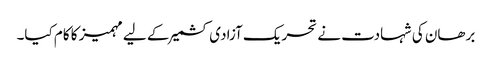
برھان کی شہادت نے تحریک آزادی کشمیر کے لیے مہمیز کا کام کیا۔